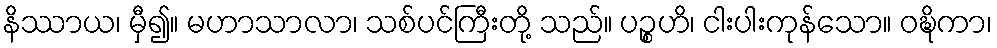
နိဿာယ၊ မှီ၍။ မဟာသာလာ၊ သစ်ပင်ကြီးတို့ သည်။ ပဉ္စဟိ၊ ငါးပါးကုန်သော။ ဝဍ္ဎိကာ၊